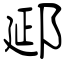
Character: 郔